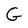
Character: G